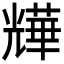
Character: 㒯